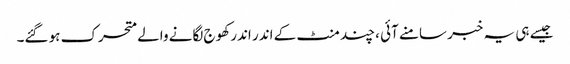
جیسے ہی یہ خبر سامنے آئی ، چند منٹ کے اندر اندر کھوج لگانے والے متحرک ہو گئے۔